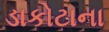
ડાકોટાના